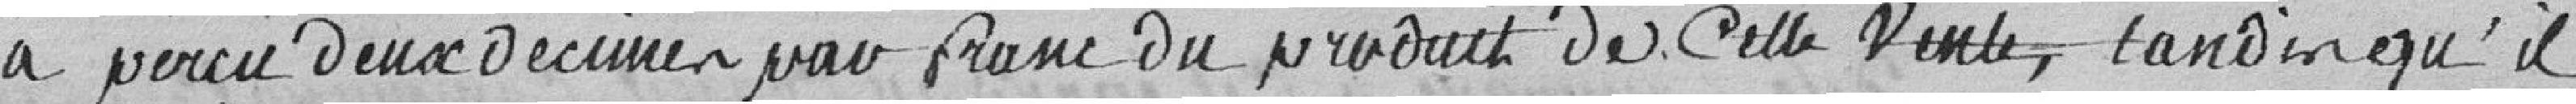
a perçu deux décimes par franc du produit de cette vente, tandis qu'ils